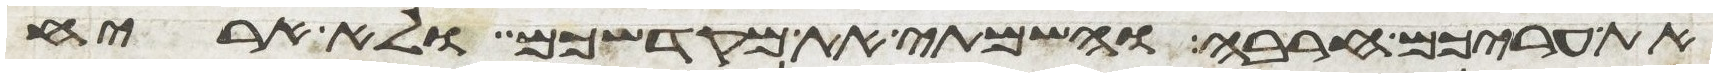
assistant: את עריכם חרבה והשמתי את מקדשכם ולא אריח